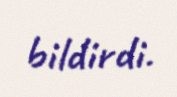
bildirdi.